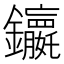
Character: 𮣭